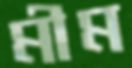
মীম